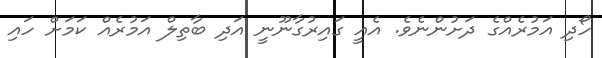
ހޯދި އަމުރެއްގެ ދަށުންނެވެ. އެއީ ގައިރުގާނޫނީ އަދި ބާތިލް އަމުރެއް ކަމަށް ހައި